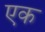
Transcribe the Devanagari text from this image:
एक